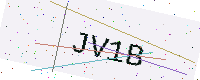
Text: JV1B